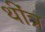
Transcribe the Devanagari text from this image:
थींत्र